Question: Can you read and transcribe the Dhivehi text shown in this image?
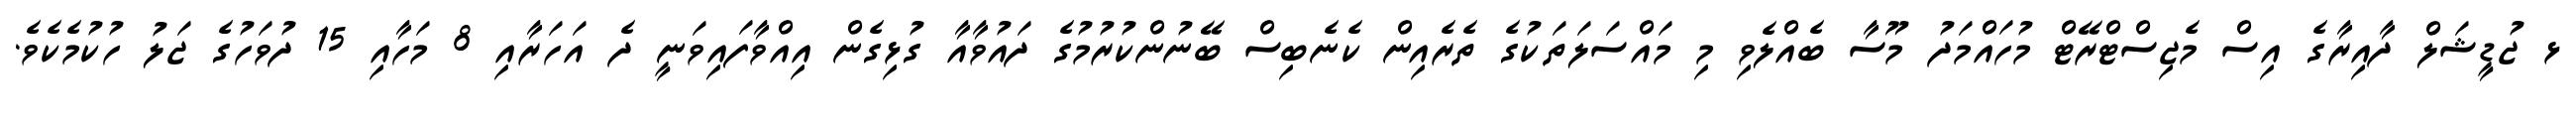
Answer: ޅ ޖުޑީޝަލް ދާއިރާގެ އިސް މެޖިސްޓްރޭޓް މުހައްމަދު މޫސާ ބެއްލެވި މި މައްސަލަތަކުގެ ތެރެއިން ކެނެބިސް ބޭނުންކުރުމުގެ ދައުވާއާ ގުޅިގެން އިއްވާފައިވަނީ ދެ އަހަރާއި 8 މަހާއި 15 ދުވަހުގެ ޖަލު ހުކުމެކެވެ.